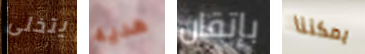
يتخلى هديه بإتقان يمكننا